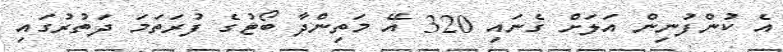
އެ ކުންފުނިން އަލަށް ގެނައި 320 އޭ މަތިންދާ ބޯޓުގެ ފުރަތަމަ ދަތުރުގައި